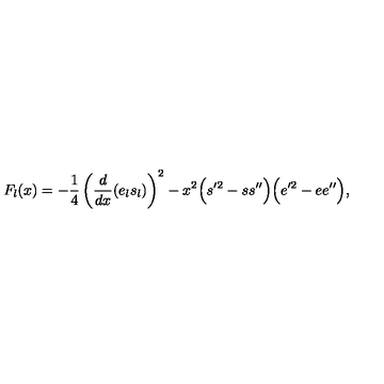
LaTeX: F _ { l } ( x ) = - \frac { 1 } { 4 } \left( \frac { d } { d x } ( e _ { l } s _ { l } ) \right) ^ { 2 } - x ^ { 2 } \Bigl ( s ^ { \prime 2 } - s s ^ { \prime \prime } \Bigr ) \Bigl ( e ^ { \prime 2 } - e e ^ { \prime \prime } \Bigr ) ,